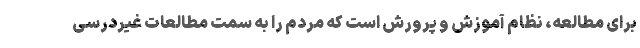
برای مطالعه، نظام آموزش و پرورش است که مردم را به سمت مطالعات غیردرسی